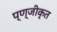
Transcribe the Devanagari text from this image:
प्ण्जीकृत